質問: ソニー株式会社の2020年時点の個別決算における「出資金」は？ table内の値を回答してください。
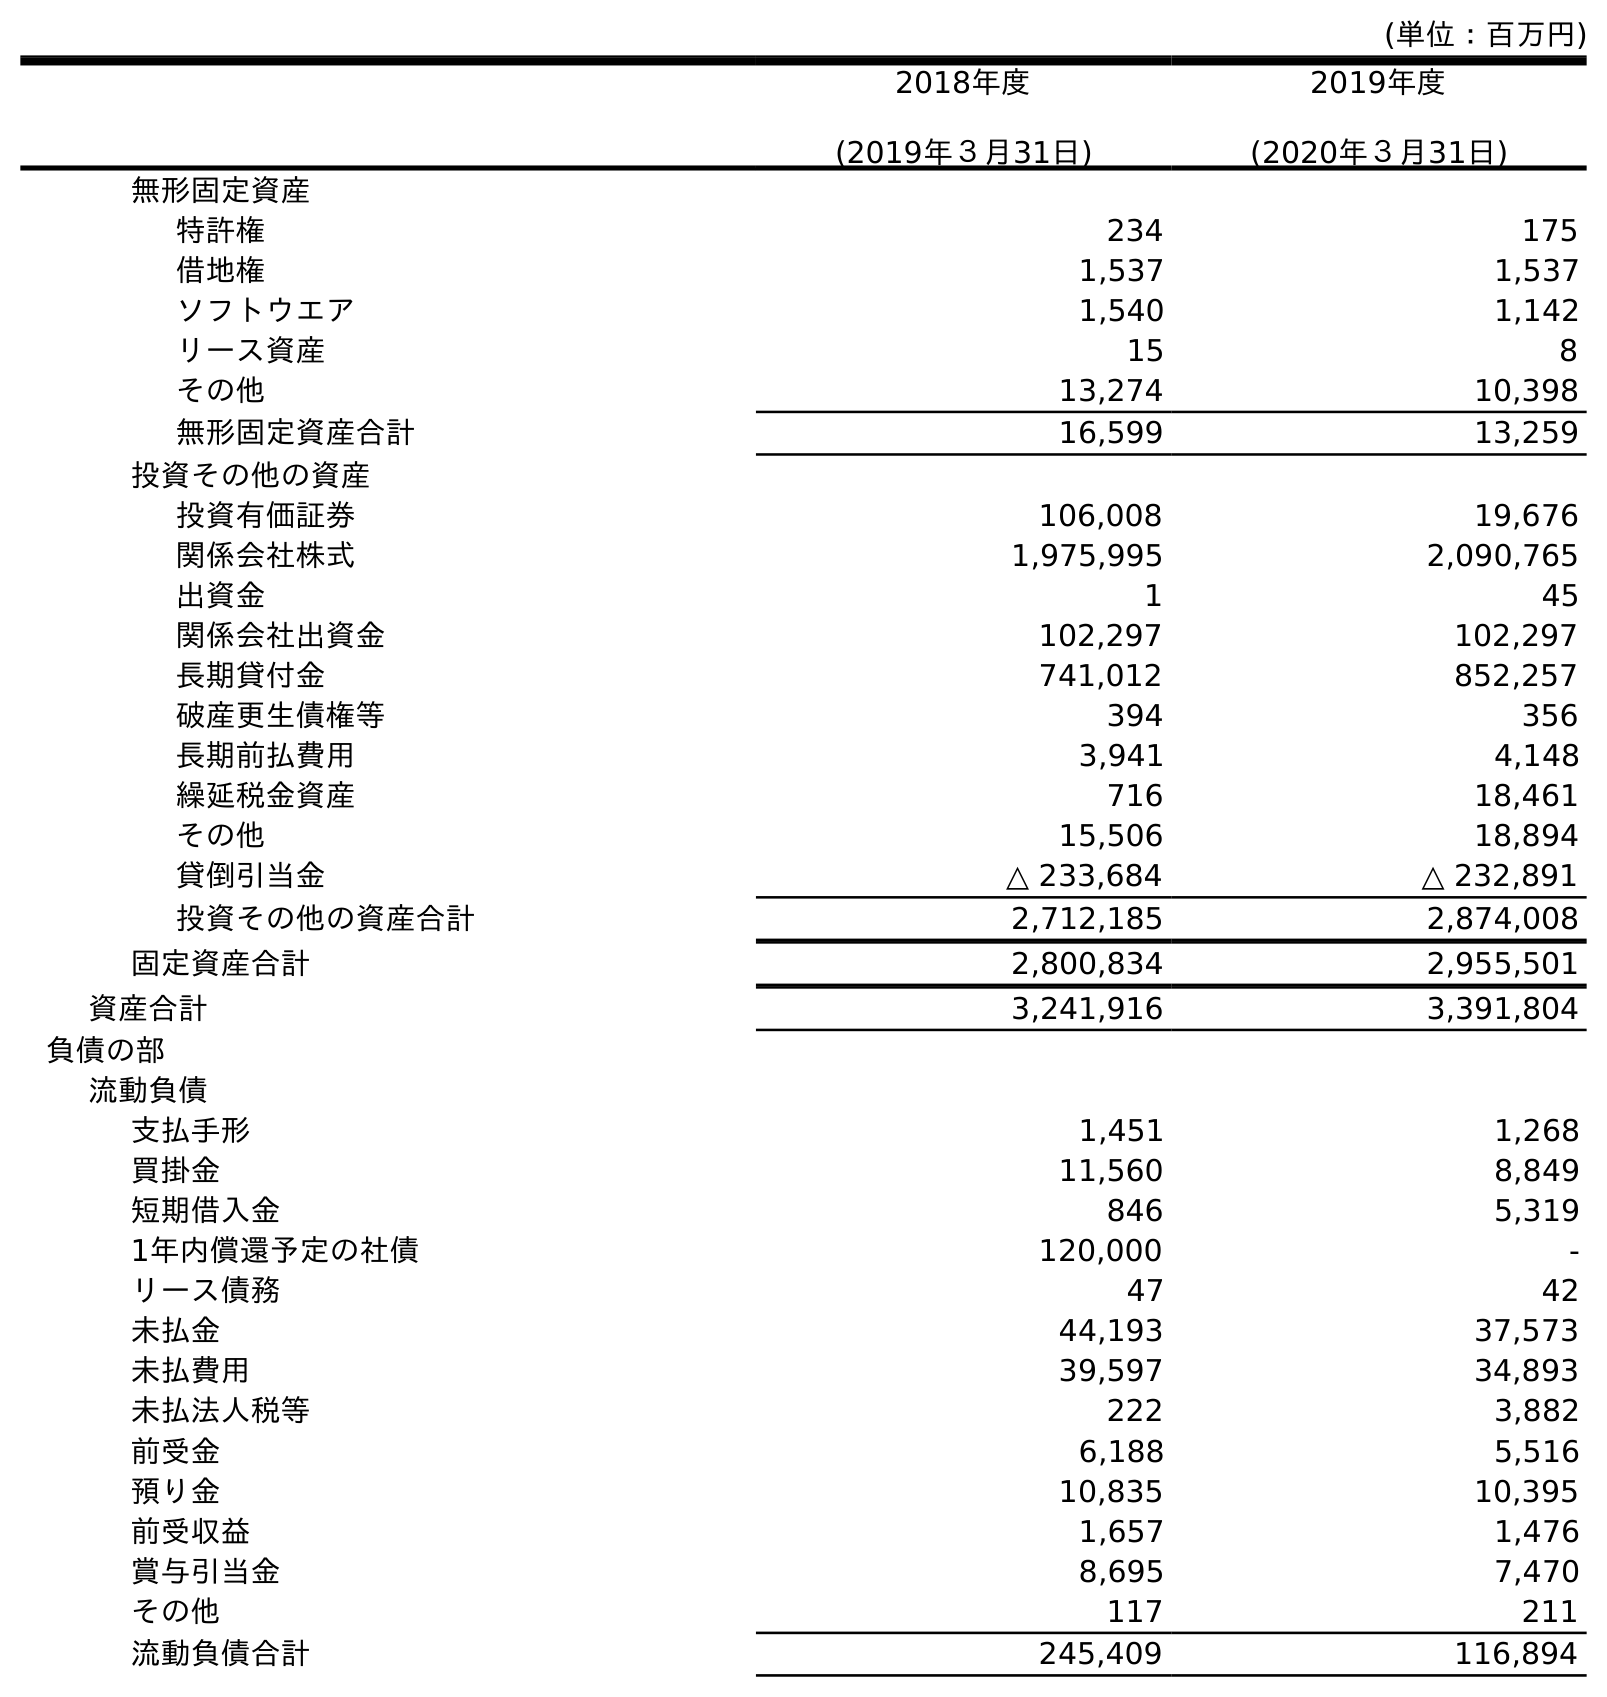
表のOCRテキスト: (単位：百万円) 2018年度 (2019年３月31日) 2019年度 (2020年３月31日) 無形固定資産 特許権 234 175 借地権 1,537 1,537 ソフトウエア 1,540 1,142 リース資産 15 8 その他 13,274 10,398 無形固定資産合計 16,599 13,259 投資その他の資産 投資有価証券 106,008 19,676 関係会社株式 1,975,995 2,090,765 出資金 1 45 関係会社出資金 102,297 102,297 長期貸付金 741,012 852,257 破産更生債権等 394 356 長期前払費用 3,941 4,148 繰延税金資産 716 18,461 その他 15,506 18,894 貸倒引当金 △ 233,684 △ 232,891 投資その他の資産合計 2,712,185 2,874,008 固定資産合計 2,800,834 2,955,501 資産合計 3,241,916 3,391,804 負債の部 流動負債 支払手形 1,451 1,268 買掛金 11,560 8,849 短期借入金 846 5,319 1年内償還予定の社債 120,000 - リース債務 47 42 未払金 44,193 37,573 未払費用 39,597 34,893 未払法人税等 222 3,882 前受金 6,188 5,516 預り金 10,835 10,395 前受収益 1,657 1,476 賞与引当金 8,695 7,470 その他 117 211 流動負債合計 245,409 116,894
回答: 45